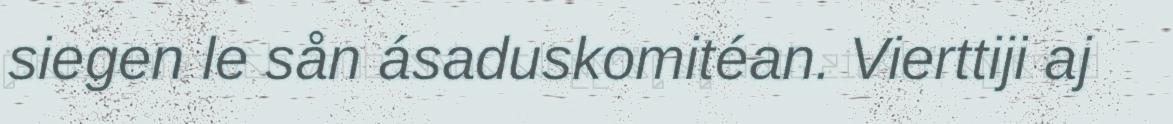
siegen le sån ásaduskomitéan. Vierttiji aj